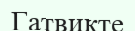
Гатвикте